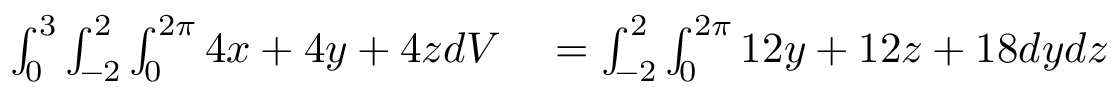
\begin{array} { r l } { \int _ { 0 } ^ { 3 } \int _ { - 2 } ^ { 2 } \int _ { 0 } ^ { 2 \pi } 4 x + 4 y + 4 z d V } & { { } = \int _ { - 2 } ^ { 2 } \int _ { 0 } ^ { 2 \pi } 1 2 y + 1 2 z + 1 8 d y d z } \end{array}